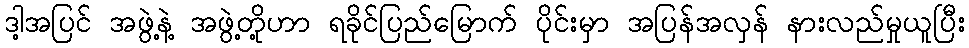
ဒါ့အပြင် အဖွဲ့နဲ့ အဖွဲ့တို့ဟာ ရခိုင်ပြည်မြောက် ပိုင်းမှာ အပြန်အလှန် နားလည်မှုယူပြီး